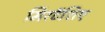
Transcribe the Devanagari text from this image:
मिरटॅशिए